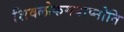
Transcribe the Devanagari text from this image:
शिवलोकमवाप्नोति